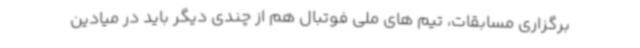
برگزاری مسابقات، تیم های ملی فوتبال هم از چندی دیگر باید در میادین